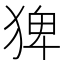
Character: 猈